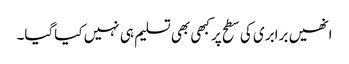
انھیں برابری کی سطح پرکبھی بھی تسلیم ہی نہیں کیاگیا۔